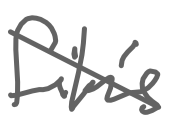
Text: film's
Cross-out: diagonal
Writing tool: digital_gray